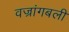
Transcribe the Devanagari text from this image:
वज्रांगबली